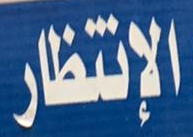
الإنتظار